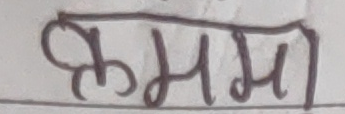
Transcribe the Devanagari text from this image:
क्रममा